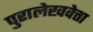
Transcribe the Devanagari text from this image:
पुरालेखवेत्ता